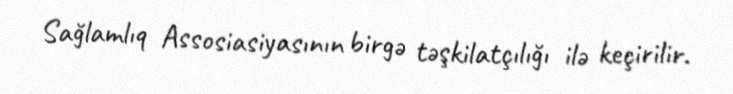
Sağlamlıq Assosiasiyasının birgə təşkilatçılığı ilə keçirilir.